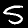
Label: 5